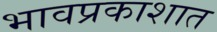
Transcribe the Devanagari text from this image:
भावप्रकाशात